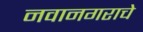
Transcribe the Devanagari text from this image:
नवानगराचे